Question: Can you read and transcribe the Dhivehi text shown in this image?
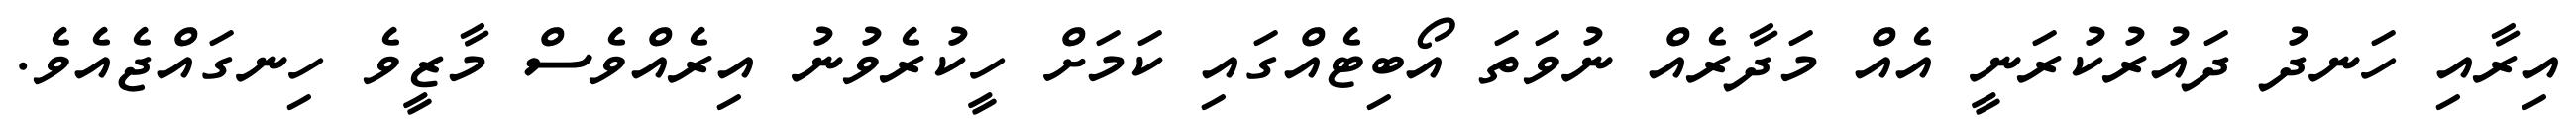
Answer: އިރާއި ހަނދު ދައުރުކުރަނީ އެއް މަދާރެއް ނުވަތަ އޯބިޓެއްގައި ކަމަށް ހީކުރެވުނު އިރެއްވެސް މާޒީވެ ހިނގައްޖެއެވެ.